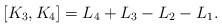
LaTeX: \begin{gather*}[K_3, K_4]=L_4+L_3-L_2-L_1.\end{gather*}